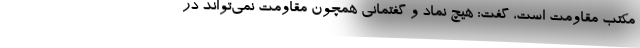
مکتب مقاومت است، گفت: هیچ نماد و گفتمانی همچون مقاومت نمی‌تواند در